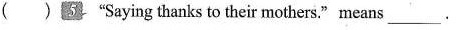
( )"Saying thanks to their mothers." means_ A. ask their fathers to spend a lot of money for their mothers B.ask their mothers to have a rest C. spend much money buying presents for their mothers D. spend some time telling mothers that they lov